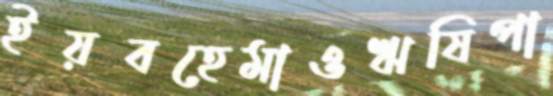
ইয়বহেমাওঋষিপা